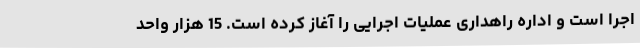
اجرا است و اداره راهداری عملیات اجرایی را آغاز کرده است. 15 هزار واحد